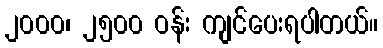
၂၀၀၀၊ ၂၅၀၀ ဝန်း ကျင်ပေးရပါတယ်။